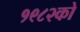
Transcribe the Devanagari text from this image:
१९८२को